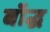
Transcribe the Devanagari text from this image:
बॉद्ध